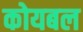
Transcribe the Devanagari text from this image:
कोयबल